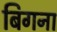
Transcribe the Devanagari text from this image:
बिगना